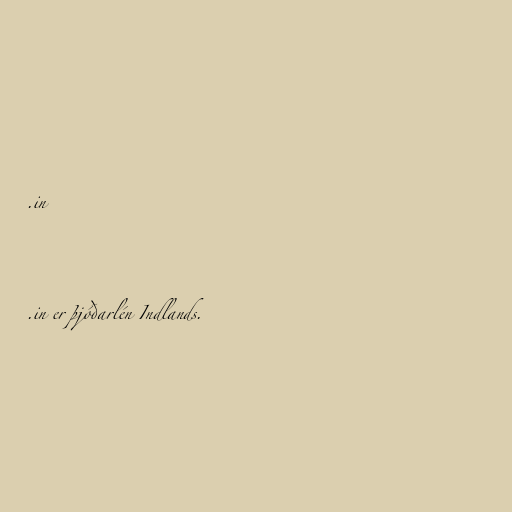
.in

.in er þjóðarlén Indlands.